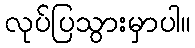
လုပ်ပြသွားမှာပါ။